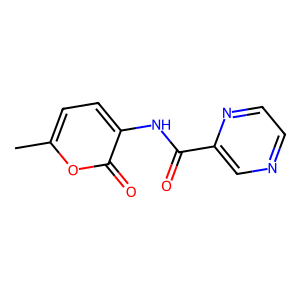
SMILES: Cc1ccc(NC(=O)c2cnccn2)c(=O)o1
Inhibits HIV replication: No